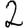
Digit: 2